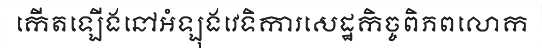
កើតឡើងនៅអំឡុងវេទិការសេដ្ឋកិច្ចពិភពលោក